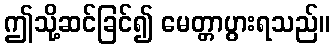
ဤသို့ဆင်ခြင်၍ မေတ္တာပွားရသည်။